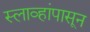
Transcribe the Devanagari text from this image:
स्लाव्हांपासून